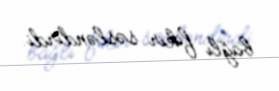
bağlı fikir səsləndirdi.